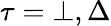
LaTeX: \tau=\bot,\Delta